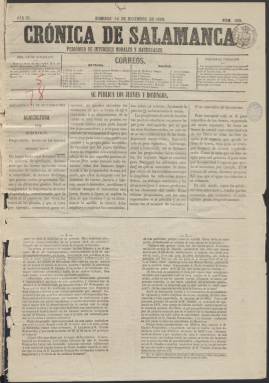
Título: Crónica de Salamanca
Colección: Periódicos
Ámbito geográfico: Salamanca
Lugar de publicación: Salamanca
Fechas: 14/12/1862-13/09/1863